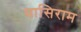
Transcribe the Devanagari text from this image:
घासिराम